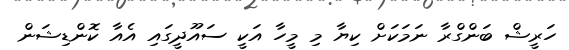
ހަރީޝް ބަންގްރާ ނަމަކަށް ކިޔާ މި މީހާ އަކީ ސައޫދީގައި އެއާ ކޮންޑިޝަން